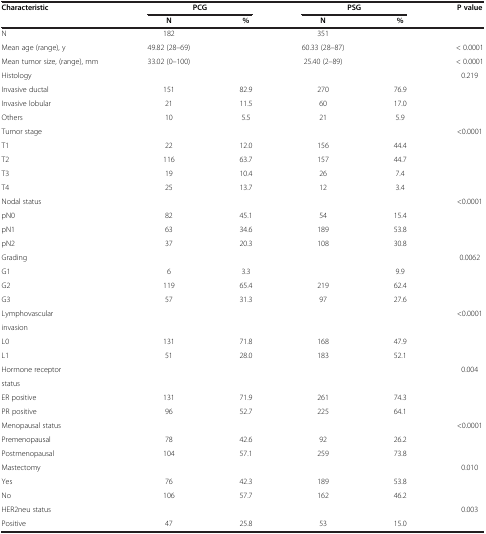
<table><thead><tr><td><b>Characteristic</b></td><td colspan="2"><b>PCG</b></td><td colspan="2"><b>PSG</b></td><td><b>P value</b></td></tr><tr><td><b> </b></td><td><b>N</b></td><td><b>%</b></td><td><b>N</b></td><td><b>%</b></td><td><b> </b></td></tr></thead><tbody><tr><td>N</td><td>182</td><td> </td><td>351</td><td> </td><td> </td></tr><tr><td>Mean age (range), y</td><td>49.82 (28–69)</td><td> </td><td>60.33 (28–87)</td><td> </td><td>&lt; 0.0001</td></tr><tr><td>Mean tumor size, (range), mm</td><td>33.02 (0–100)</td><td> </td><td>25.40 (2–89)</td><td> </td><td>&lt; 0.0001</td></tr><tr><td>Histology</td><td> </td><td> </td><td> </td><td> </td><td>0.219</td></tr><tr><td>Invasive ductal</td><td>151</td><td>82.9</td><td>270</td><td>76.9</td><td> </td></tr><tr><td>Invasive lobular</td><td>21</td><td>11.5</td><td>60</td><td>17.0</td><td> </td></tr><tr><td>Others</td><td>10</td><td>5.5</td><td>21</td><td>5.9</td><td> </td></tr><tr><td>Tumor stage</td><td> </td><td> </td><td> </td><td> </td><td>&lt;0.0001</td></tr><tr><td>T1</td><td>22</td><td>12.0</td><td>156</td><td>44.4</td><td> </td></tr><tr><td>T2</td><td>116</td><td>63.7</td><td>157</td><td>44.7</td><td> </td></tr><tr><td>T3</td><td>19</td><td>10.4</td><td>26</td><td>7.4</td><td> </td></tr><tr><td>T4</td><td>25</td><td>13.7</td><td>12</td><td>3.4</td><td> </td></tr><tr><td>Nodal status</td><td> </td><td> </td><td> </td><td> </td><td>&lt;0.0001</td></tr><tr><td>pN0</td><td>82</td><td>45.1</td><td>54</td><td>15.4</td><td> </td></tr><tr><td>pN1</td><td>63</td><td>34.6</td><td>189</td><td>53.8</td><td> </td></tr><tr><td>pN2</td><td>37</td><td>20.3</td><td>108</td><td>30.8</td><td> </td></tr><tr><td>Grading</td><td> </td><td> </td><td> </td><td> </td><td>0.0062</td></tr><tr><td>G1</td><td>6</td><td>3.3</td><td> </td><td>9.9</td><td> </td></tr><tr><td>G2</td><td>119</td><td>65.4</td><td>219</td><td>62.4</td><td> </td></tr><tr><td>G3</td><td>57</td><td>31.3</td><td>97</td><td>27.6</td><td> </td></tr><tr><td>Lymphovascular</td><td> </td><td> </td><td> </td><td> </td><td>&lt;0.0001</td></tr><tr><td>invasion</td><td> </td><td> </td><td> </td><td> </td><td> </td></tr><tr><td>L0</td><td>131</td><td>71.8</td><td>168</td><td>47.9</td><td> </td></tr><tr><td>L1</td><td>51</td><td>28.0</td><td>183</td><td>52.1</td><td> </td></tr><tr><td>Hormone receptor</td><td> </td><td> </td><td> </td><td> </td><td>0.004</td></tr><tr><td>status</td><td> </td><td> </td><td> </td><td> </td><td> </td></tr><tr><td>ER positive</td><td>131</td><td>71.9</td><td>261</td><td>74.3</td><td> </td></tr><tr><td>PR positive</td><td>96</td><td>52.7</td><td>225</td><td>64.1</td><td> </td></tr><tr><td>Menopausal status</td><td> </td><td> </td><td> </td><td> </td><td>&lt;0.0001</td></tr><tr><td>Premenopausal</td><td>78</td><td>42.6</td><td>92</td><td>26.2</td><td> </td></tr><tr><td>Postmenopausal</td><td>104</td><td>57.1</td><td>259</td><td>73.8</td><td> </td></tr><tr><td>Mastectomy</td><td> </td><td> </td><td> </td><td> </td><td>0.010</td></tr><tr><td>Yes</td><td>76</td><td>42.3</td><td>189</td><td>53.8</td><td> </td></tr><tr><td>No</td><td>106</td><td>57.7</td><td>162</td><td>46.2</td><td> </td></tr><tr><td>HER2neu status</td><td> </td><td> </td><td> </td><td> </td><td>0.003</td></tr><tr><td>Positive</td><td>47</td><td>25.8</td><td>53</td><td>15.0</td><td> </td></tr></tbody></table>